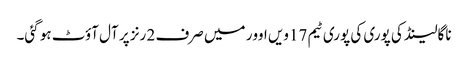
ناگالینڈ کی پوری کی پوری ٹیم 17ویں اوور میں صرف 2 رنز پر آل آؤٹ ہو گئی۔